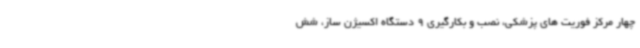
چهار مرکز فوریت های پزشکی، نصب و بکارگیری 9 دستگاه اکسیژن ساز، شش